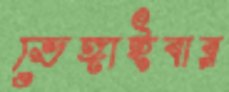
ভেঙ্গাইবার